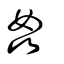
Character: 姧